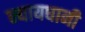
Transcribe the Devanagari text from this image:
न्यायधानी